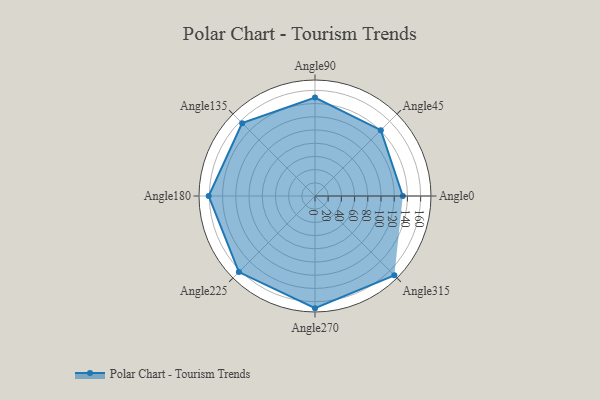
{"axis": {"x": "Angle", "y": "Radius"}, "legend": [""], "data": [{"x": "Angle0", "y": 133.0, "type": ""}, {"x": "Angle45", "y": 141.0, "type": ""}, {"x": "Angle90", "y": 149.0, "type": ""}, {"x": "Angle135", "y": 156.0, "type": ""}, {"x": "Angle180", "y": 161.0, "type": ""}, {"x": "Angle225", "y": 163.0, "type": ""}, {"x": "Angle270", "y": 170.0, "type": ""}, {"x": "Angle315", "y": 170, "type": ""}]}